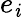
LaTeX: e_{\mathit{i}}